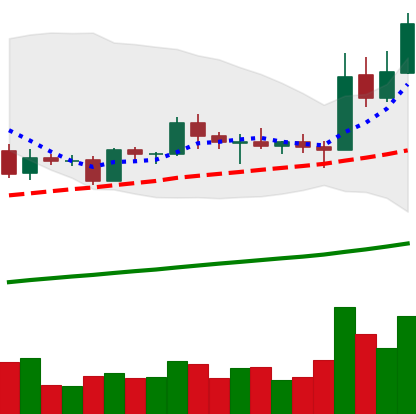
Ticker: EOS-USD
Chart end date: 2019-05-14
Forward return: 7.411%
Label: up_7plus